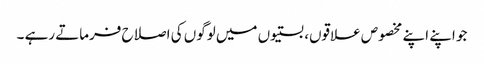
جو اپنے اپنے مخصوص علاقوں، بستیوں میں لوگوں کی اصلاح فرماتے رہے ۔